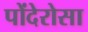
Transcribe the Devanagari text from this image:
पोंदेरोसा